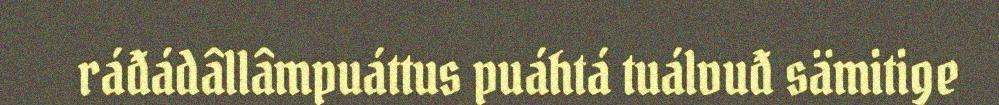
ráđádâllâmpuáttus puáhtá tuálvuđ sämitige